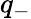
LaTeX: q_{-}